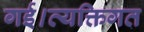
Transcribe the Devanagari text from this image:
गई।व्यक्तिगत